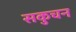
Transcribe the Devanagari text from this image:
सकुचन